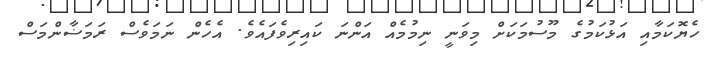
ހެޔޮކަމާއި އަޅުކަމުގެ މޫސުމަކަށް މިވަނީ ނިމުމެއް އަންނަ ކައިރިވެފައެވެ. އެހެން ނަމަވެސް ރަމަޟާންމަސް